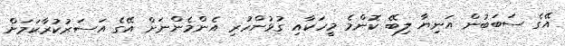
އޭގެ ސަބަބުން އަނިޔާ ލިބޭ ކޮންމެ މީހަކާއި ގުޅުންހުރި އެންމެންނަށް އޭގެ އަސަރުކުރާކަމަށް